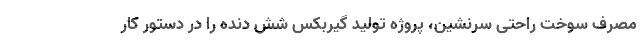
مصرف سوخت راحتی سرنشین، پروژه تولید گیربکس شش دنده را در دستور کار